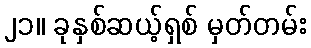
၂၁။ ခုနှစ်ဆယ့်ရှစ် မှတ်တမ်း